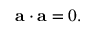
{ \mathbf { a } } \cdot { \mathbf { a } } = 0 .